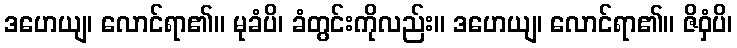
ဒဟေယျ၊ လောင်ရာ၏။ မုခံပိ၊ ခံတွင်းကိုလည်း။ ဒဟေယျ၊ လောင်ရာ၏။ ဇိဝှံပိ၊